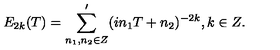
E _ { 2 k } ( T ) = \sum _ { n _ { 1 } , n _ { 2 } \in Z } ^ { \prime } ( i n _ { 1 } T + n _ { 2 } ) ^ { - 2 k } , k \in Z .